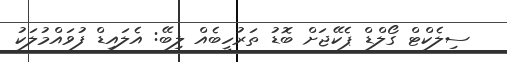
ސިލެކްޓް ގޯލްޑް ޕެކޭޖަށް ބޮޑު ތަރުހީބެއް ލިބޭ: އެލައިޑް ފުވައްމުލަކު